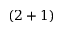
( 2 + 1 )